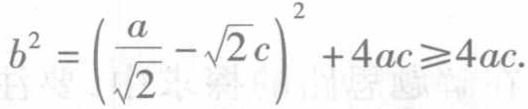
\[b^{2}=\left(\frac{a}{\sqrt{2}}-\sqrt{2}c\right)^{2}+4ac\geqslant 4ac.\]